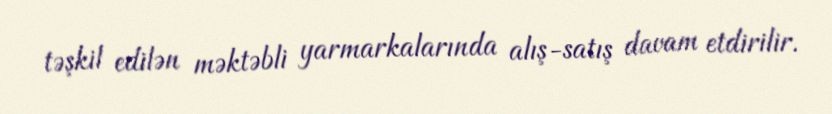
təşkil edilən məktəbli yarmarkalarında alış-satış davam etdirilir.